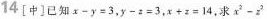
14[中]已知$$x-y=3$$，$$y-z=3$$，$$x+z=14$$，求$$x^{2}-z^{2}$$